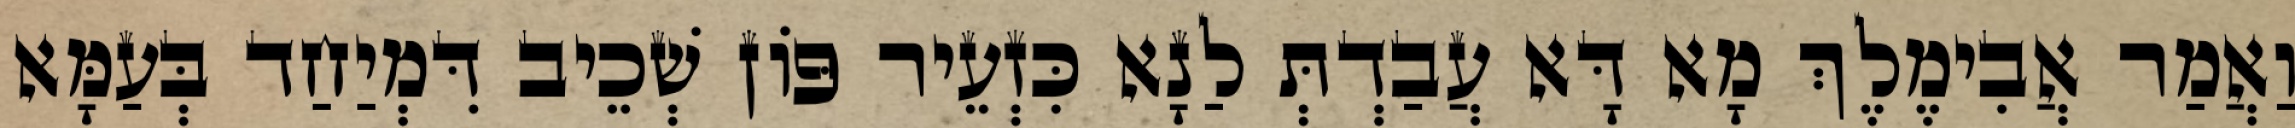
וַאֲמַר אֲבִימֶלֶךְ מָא דָּא עֲבַדְתְּ לַנָא כִּזְעֵיר פּוֹן שְׁכֵיב דִּמְיַחַד בְּעַמָּא